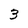
Character: 3